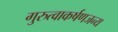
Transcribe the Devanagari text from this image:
गुरुत्वाकर्षणजन्य